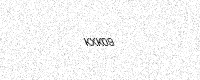
Text: KXK09